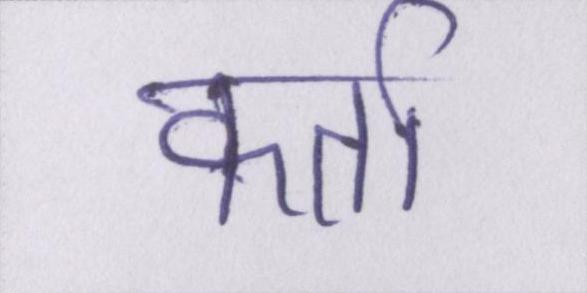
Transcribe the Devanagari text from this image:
कर्ता